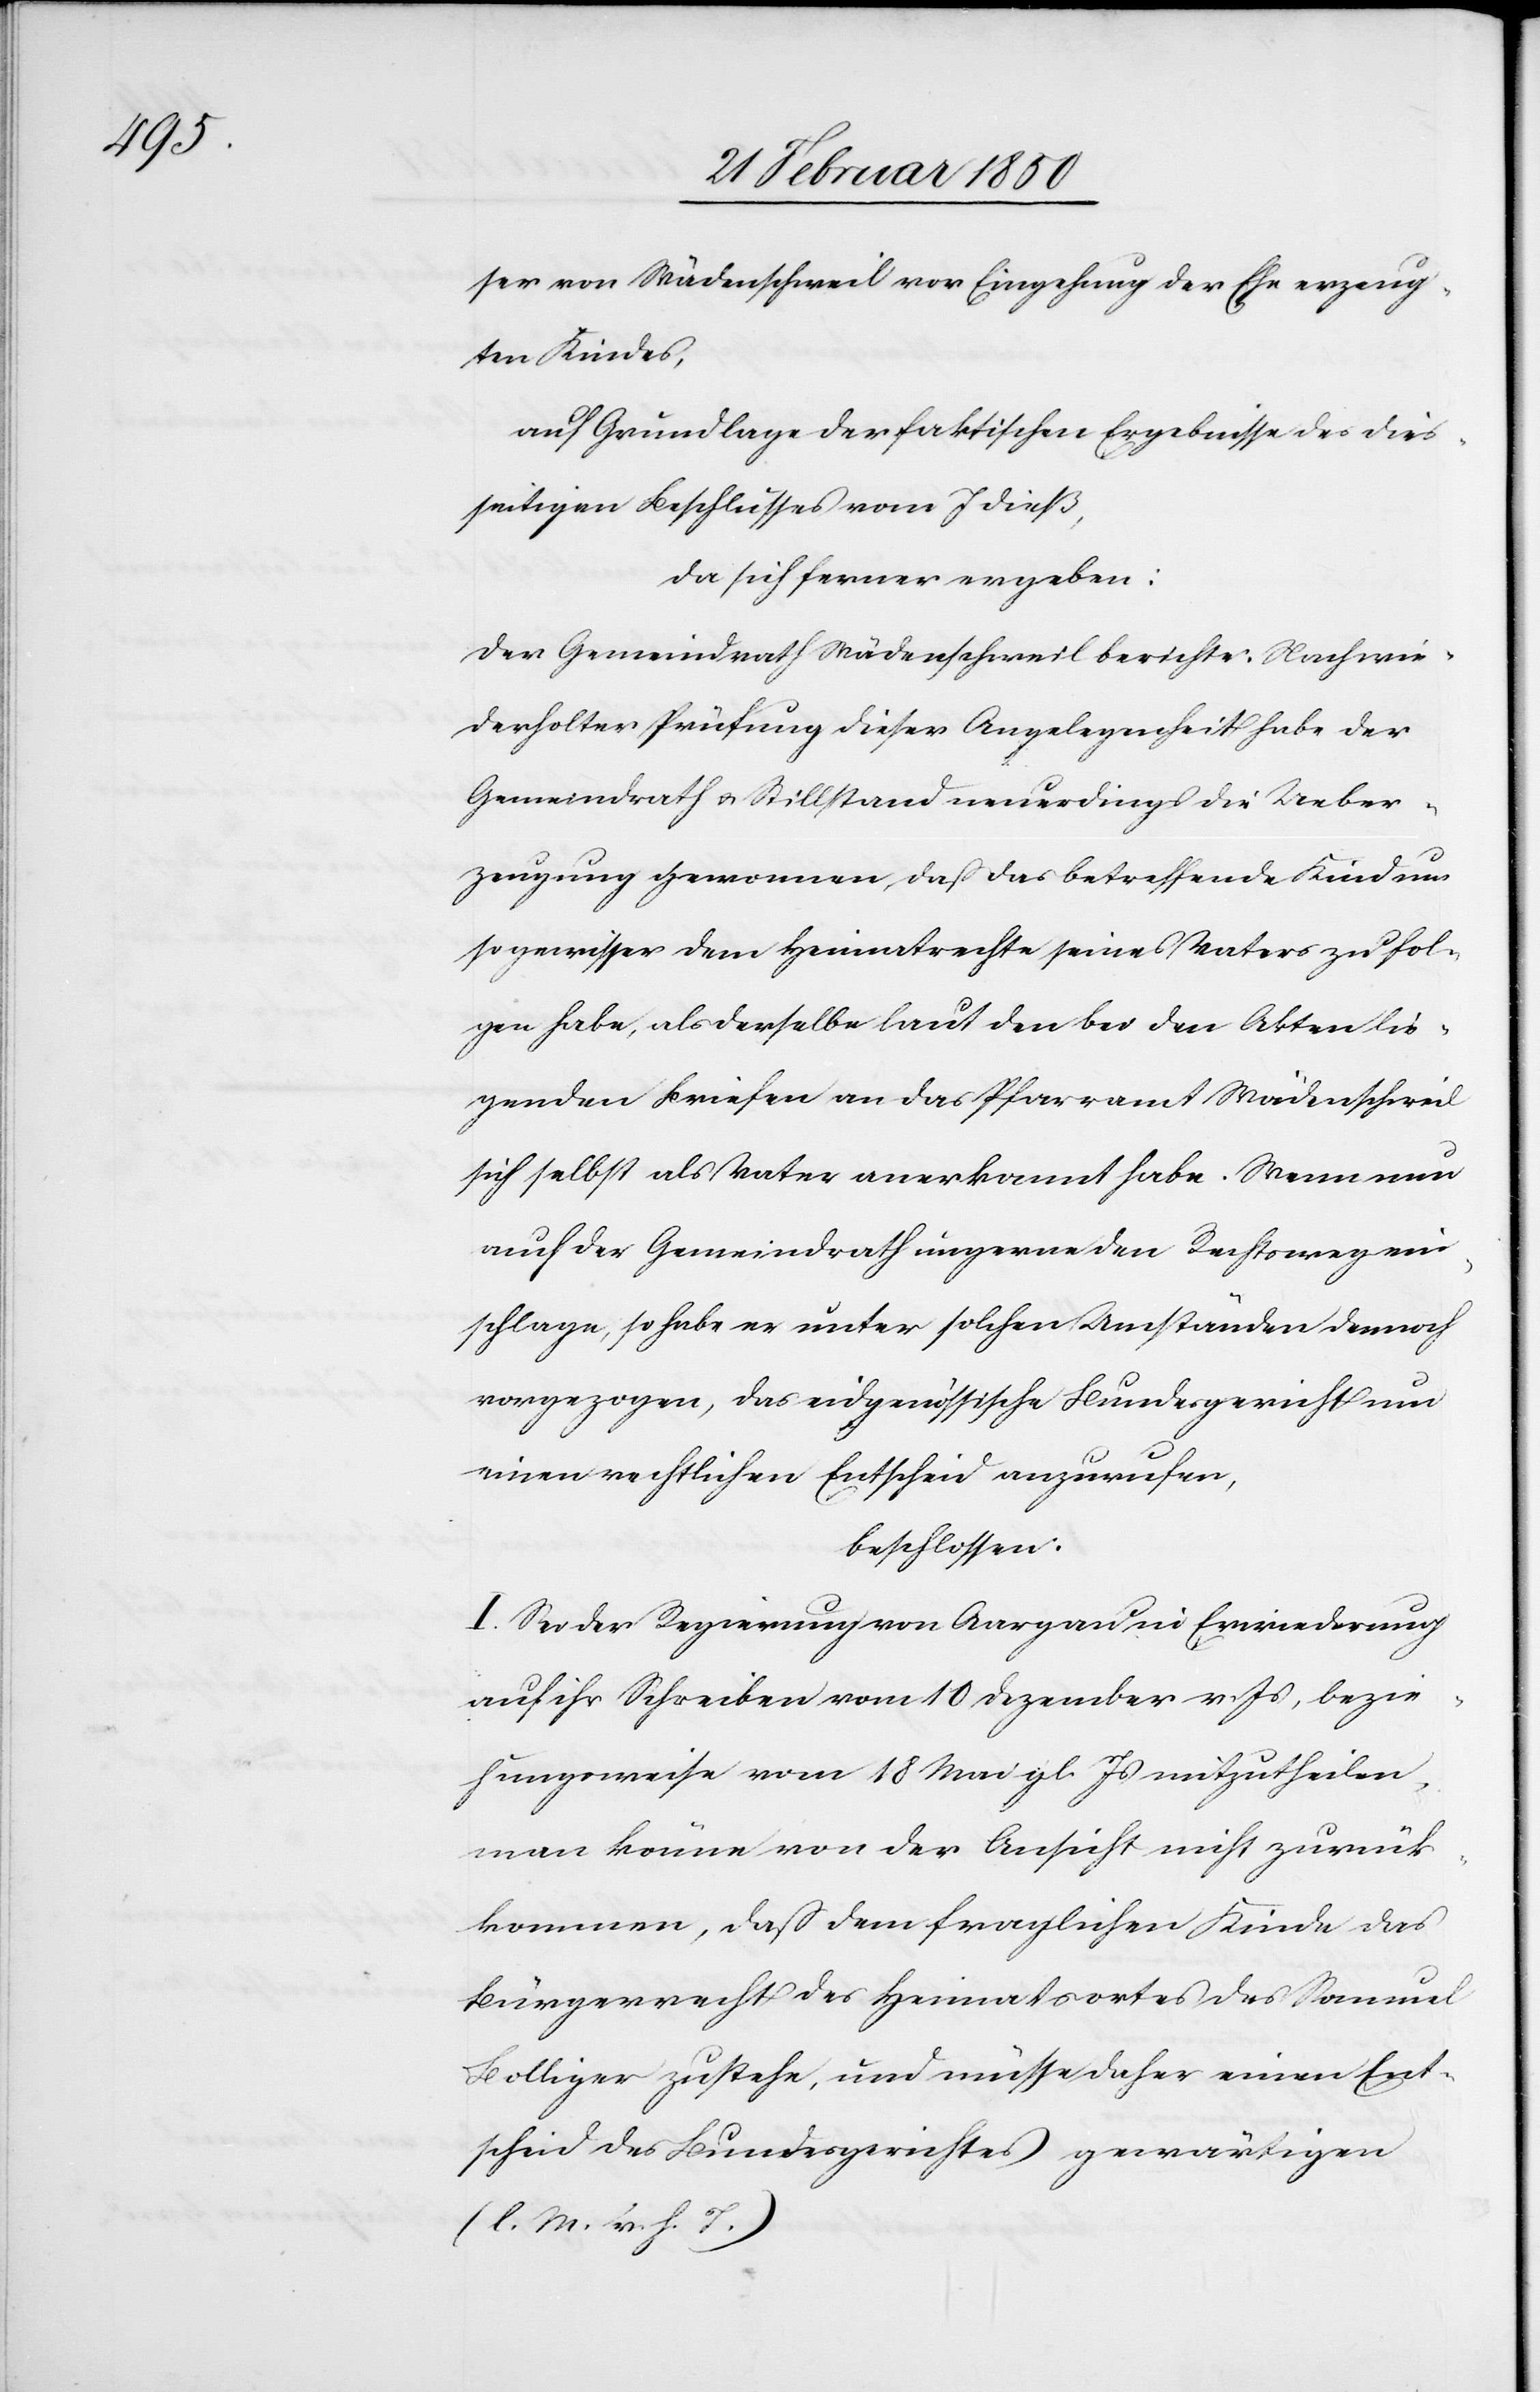
ser von Wädenschweil vor Eingehung der Ehe erzeug¬
ten Kindes,
auf Grundlage der faktischen Ergebnisse des dies¬
seitigen Beschlusses vom 7 dieß,
da sich ferner ergeben:
Der Gemeindrath Wädenschweil berichte: Nach wie¬
derholter Prüfung dieser Angelegenheit habe der
Gemeindrath u. Stillstand neuerdings die Ueber¬
zeugung gewonnen, daß das betreffende Kind um
so gewisser dem Heimatrechte seines Vaters zu fol¬
gen habe, als derselbe laut den bei den Akten lie¬
genden Briefen an das Pfarramt Wädenschweil
sich selbst als Vater anerkannt habe. Wenn nun
auch der Gemeindrath ungerne den Rechtsweg ein¬
schlage, so habe er unter solchen Umständen dennoch
vorgezogen, das eidgenössische Bundesgericht um
einen rechtlichen Entscheid anzurufen,
beschlossen:
I. Sei der Regierungsrath von Aargau in Erwiederung
auf ihr Schreiben vom 10 Dezember v. Js, bezie¬
hungsweise vom 18 Mai gl. Js mitzutheilen,
man könne von der Ansicht nicht zurück¬
kommen, daß dem fraglichen Kinde das
Bürgerrecht des Heimatsortes des Samuel
Bolliger zustehe, und müsse daher einen Ent¬
scheid des Bundesgerichtes gewärtigen
(l. M. v. h. T.)